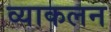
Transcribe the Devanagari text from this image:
व्याकलन